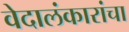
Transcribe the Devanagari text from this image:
वेदालंकारांचा